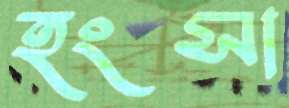
হংসা